Leaving Certificate Examination, 1905
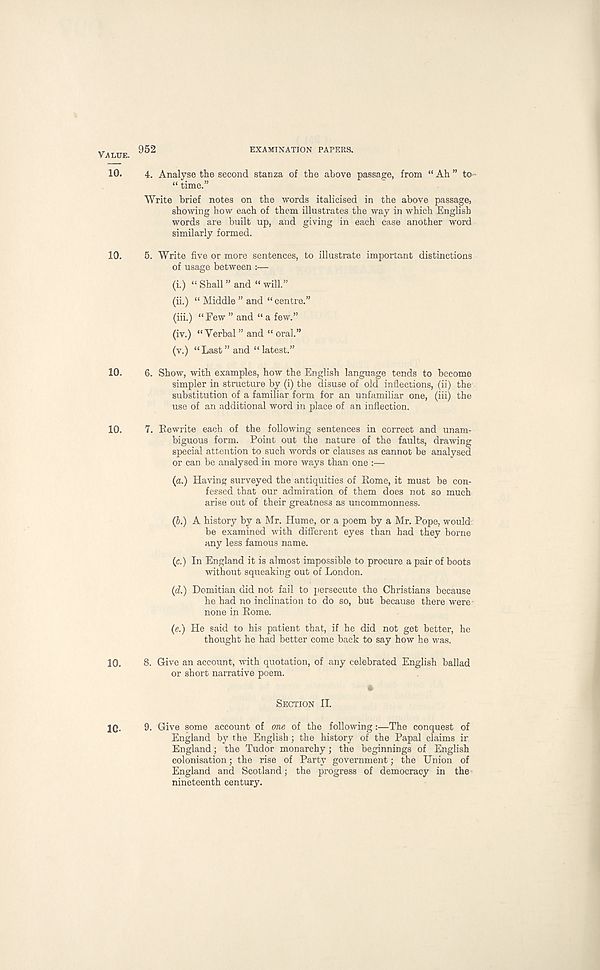
V.ALUE.
952
EXAMINATION PAPERS.
10.
4. Analyse the second stanza of the above passage, from “ Ah ” to
“ time.”
Write brief notes on the words italicised in the above passage,
showing how each of them illustrates the way in which English
words are built up, and giving in each case another word
similarly formed.
10.
5. Write five or more sentences, to illustrate important distinctions
of usage between :—
(i.) “ Shall ” and “ will.”
(ii.) “ Middle ” and “ centre.”
(iii.) “Few ” and “a few.”
(iv.) “Verbal ” and “ oral.”
(v.) “Last” and “latest.”
10.
6. Show, with examples, how the English language tends to become
simpler in structure by (i) the disuse of old inflections, (ii) the
substitution of a familiar form for an unfamiliar one, (iii) the
use of an additional word in place of an inflection.
10.
7. Bewrite each of the following sentences in correct and unam-
biguous form. Point out the nature of the faults, drawing
special attention to such words or clauses as cannot be analysed
or can be analysed in more ways than one :—
(a.) Having surveyed the antiquities of Rome, it must be con-
fessed that our admiration of them does not so much
arise out of their greatness as uncommonness.
(i.) A history by a Mr. Hume, or a poem by a Mr. Pope, would
be examined with different eyes than had they borne
any less famous name.
(c.) In England it is almost impossible to procure a pair of boots
without squeaking out of London.
(d.) Domitian did not fail to persecute the Christians because
he had no inclination to do so, but because there were-
none in Rome.
(e.) He said to his patient that, if he did not get better, he
thought he had better come back to say how he was.
10.
8. Give an account, with quotation, of any celebrated English ballad
or short narrative poem.
SECTION II.
10.
9. Give some account of one of the following:—The conquest of
England by the English; the history of the Papal claims ir
England; the Tudor monarchy; the beginnings of English
colonisation; the rise of Party government; the Union of
England and Scotland; the progress of democracy in the
nineteenth century.